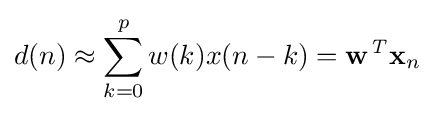
d(n)\approx \sum _{k=0}^{p}w(k)x(n-k)=\mathbf {w} ^{\mathit {T}}\mathbf {x} _{n}